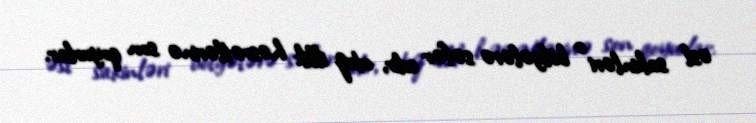
əsl sakinləri o bölgələrə səfər edir, otuz illik həsrətlərinə son qoyurlar.